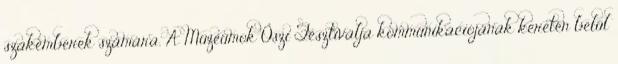
szakemberek számára. A Múzeumok Őszi Fesztiválja kommunikációjának keretén belül